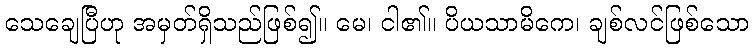
သေချေပြီဟု အမှတ်ရှိသည်ဖြစ်၍။ မေ၊ ငါ၏။ ပိယသာမိကေ၊ ချစ်လင်ဖြစ်သော